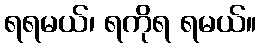
ရရမယ်၊ ရကိုရ ရမယ်။